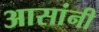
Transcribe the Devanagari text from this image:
आसांनी